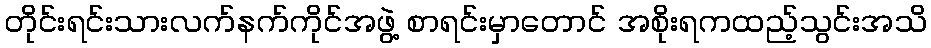
တိုင်းရင်းသားလက်နက်ကိုင်အဖွဲ့ စာရင်းမှာတောင် အစိုးရကထည့်သွင်းအသိ